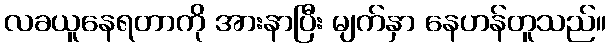
လခယူနေရတာကို အားနာပြီး မျက်နှာ နေဟန်တူသည်။